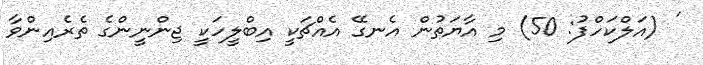
' (އަލްކަހްފު: 50) މި އާޔަތުން އެނގޭ އެއްޗަކީ އިބްލީހަކީ ޖިންނީންގެ ތެރެއިންވާ